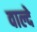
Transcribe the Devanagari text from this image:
वाल्दे